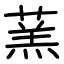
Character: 蓔